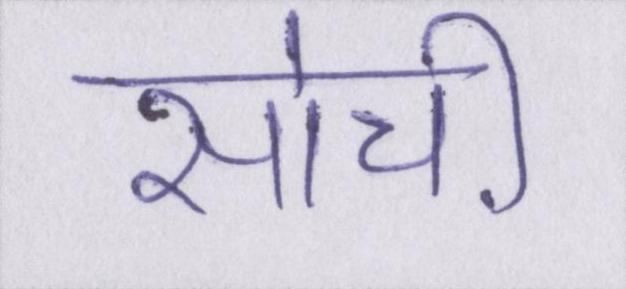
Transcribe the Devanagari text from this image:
सोची